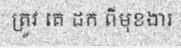
ត្រូវ គេ ដក ពីមុខងារ